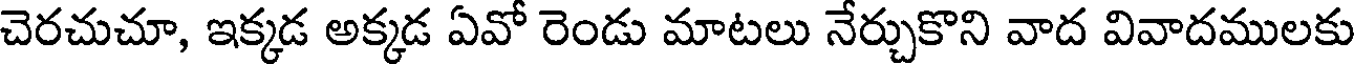
చెరచుచూ, ఇక్కడ అక్కడ ఏవో రెండు మాటలు నేర్చుకొని వాద వివాదములకు